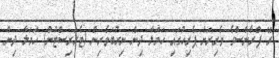
ރޭ ފްރާންސްގެ ވެރިރަށް ޕެރިހުގައި ހަމަލާ ދިން ނިރުބަވެރިން (ޓެރަރިސްޓުން) ހަމަލާ ދިން